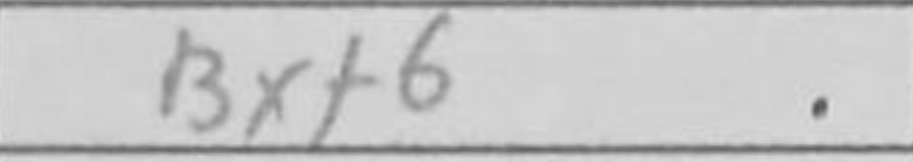
Transcription: Bxf6